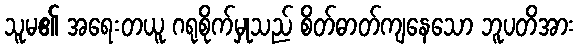
သူမ၏ အရေးတယူ ဂရုစိုက်မှုသည် စိတ်ဓာတ်ကျနေသော ဘူပတိအား